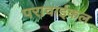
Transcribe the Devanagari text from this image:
परावाईकल